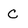
Character: C